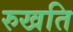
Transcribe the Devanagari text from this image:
रुखति